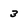
Character: 3